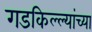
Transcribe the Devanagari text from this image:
गडकिल्ल्यांच्या